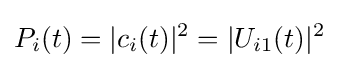
P_{i}(t)=|c_{i}(t)|^{2}=|U_{i1}(t)|^{2}